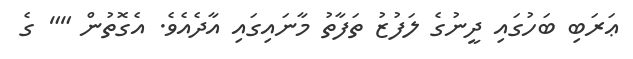
ޢަރަބި ބަހުގައި ދީނުގެ ލަފުޒު ތަފާތު މާނައިގައި އާދެއެވެ. އެގޮތުން "" ގެ